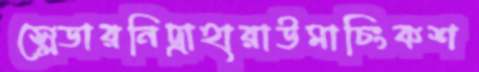
স্লেডারনিদ্রাহারাউমাচিংকশ